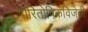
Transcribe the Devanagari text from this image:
पारितोषिकविजेती